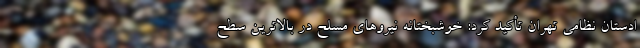
ادستان نظامی تهران تأکید کرد: خوشبختانه نیروهای مسلح در بالاترین سطح